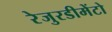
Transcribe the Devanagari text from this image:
रेजुरडीमेंटो